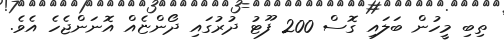
ތިބި މީހުން ބަލައި ގޮސް 200 ފޫޓު ދުރުގައި ދޯންޏެއް އޮނަންޖެހެ އެވެ.